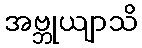
အဗ္ဘုယျာသိ